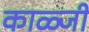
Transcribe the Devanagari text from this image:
काळ्जी